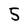
Character: 5